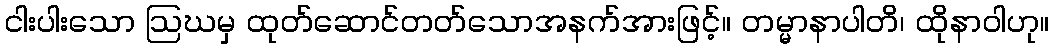
ငါးပါးသော ဩဃမှ ထုတ်ဆောင်တတ်သောအနက်အားဖြင့်။ တမ္မာနာပါတိ၊ ထိုနာဝါဟု။